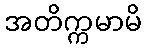
အတိက္ကမာမိ